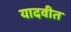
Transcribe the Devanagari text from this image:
यादवीत